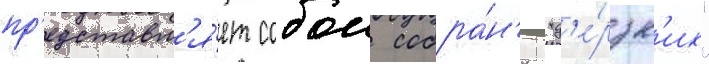
пр'едставл'я́ет собои собра́н'ие "д'е́рзк'их"